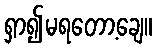
ရှာ၍မရတော့ချေ။